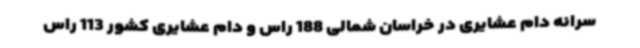
سرانه دام عشایری در خراسان شمالی 188 راس و دام عشایری کشور 113 راس